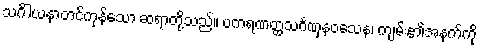
သင်္ဂါယနာတင်ကုန်သော ဆရာတို့သည်။ ပကရဏတ္ထသင်္ဂဏှနဝသေန၊ ကျမ်း၏အနက်ကို